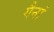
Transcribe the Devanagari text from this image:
गैनां